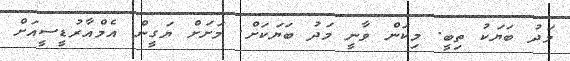
މަދު ބަޔަކު ތިބީ. މިކަން ވާނީ މަދު ބަޔަކަށް. މަށަށް ޔަގީން އެމްއާރުޑީސީއަށް